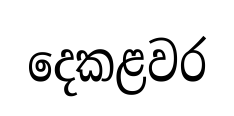
දෙකළවර